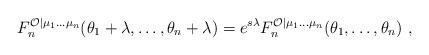
LaTeX: \begin{align*}F_{n}^{\mathcal{O}|\mu _{1}\ldots \mu _{n}}(\theta _{1}+\lambda ,\ldots,\theta _{n}+\lambda )=e^{s \lambda }F_{n}^{\mathcal{O}|\mu _{1}\ldots \mu_{n}}(\theta _{1},\ldots ,\theta _{n})\,\,, \end{align*}